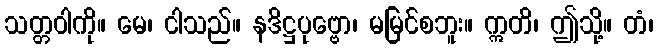
သတ္တဝါကို။ မေ၊ ငါသည်။ နဒိဋ္ဌပုဗ္ဗော၊ မမြင်စဘူး။ ဣတိ၊ ဤသို့။ တံ၊